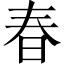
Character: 春